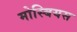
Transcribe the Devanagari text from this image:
मोस्बियस